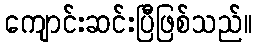
ကျောင်းဆင်းပြီဖြစ်သည်။